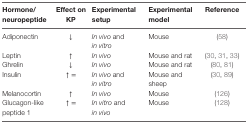
<table><thead><tr><td><b>Hormone/neuropeptide</b></td><td><b>Effect on KP</b></td><td><b>Experimental setup</b></td><td><b>Experimental model</b></td><td><b>Reference</b></td></tr></thead><tbody><tr><td>Adiponectin</td><td>↓</td><td><i>In vivo</i> and <i>in vitro</i></td><td>Mouse</td><td>(58)</td></tr><tr><td>Leptin</td><td>↑</td><td><i>In vivo</i></td><td>Mouse and rat</td><td>(30, 31, 33)</td></tr><tr><td>Ghrelin</td><td>↓</td><td><i>In vivo</i></td><td>Mouse and rat</td><td>(80, 81)</td></tr><tr><td>Insulin</td><td>↑ = </td><td><i>In vivo</i> and <i>in vitro</i></td><td>Mouse and sheep</td><td>(30, 89)</td></tr><tr><td>Melanocortin</td><td>↑</td><td><i>In vivo</i></td><td>Mouse</td><td>(126)</td></tr><tr><td>Glucagon-like peptide 1</td><td>↑ = </td><td><i>In vitro</i> and <i>in vivo</i></td><td>Mouse</td><td>(128)</td></tr></tbody></table>